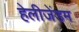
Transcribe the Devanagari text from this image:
हेलीजेंडम